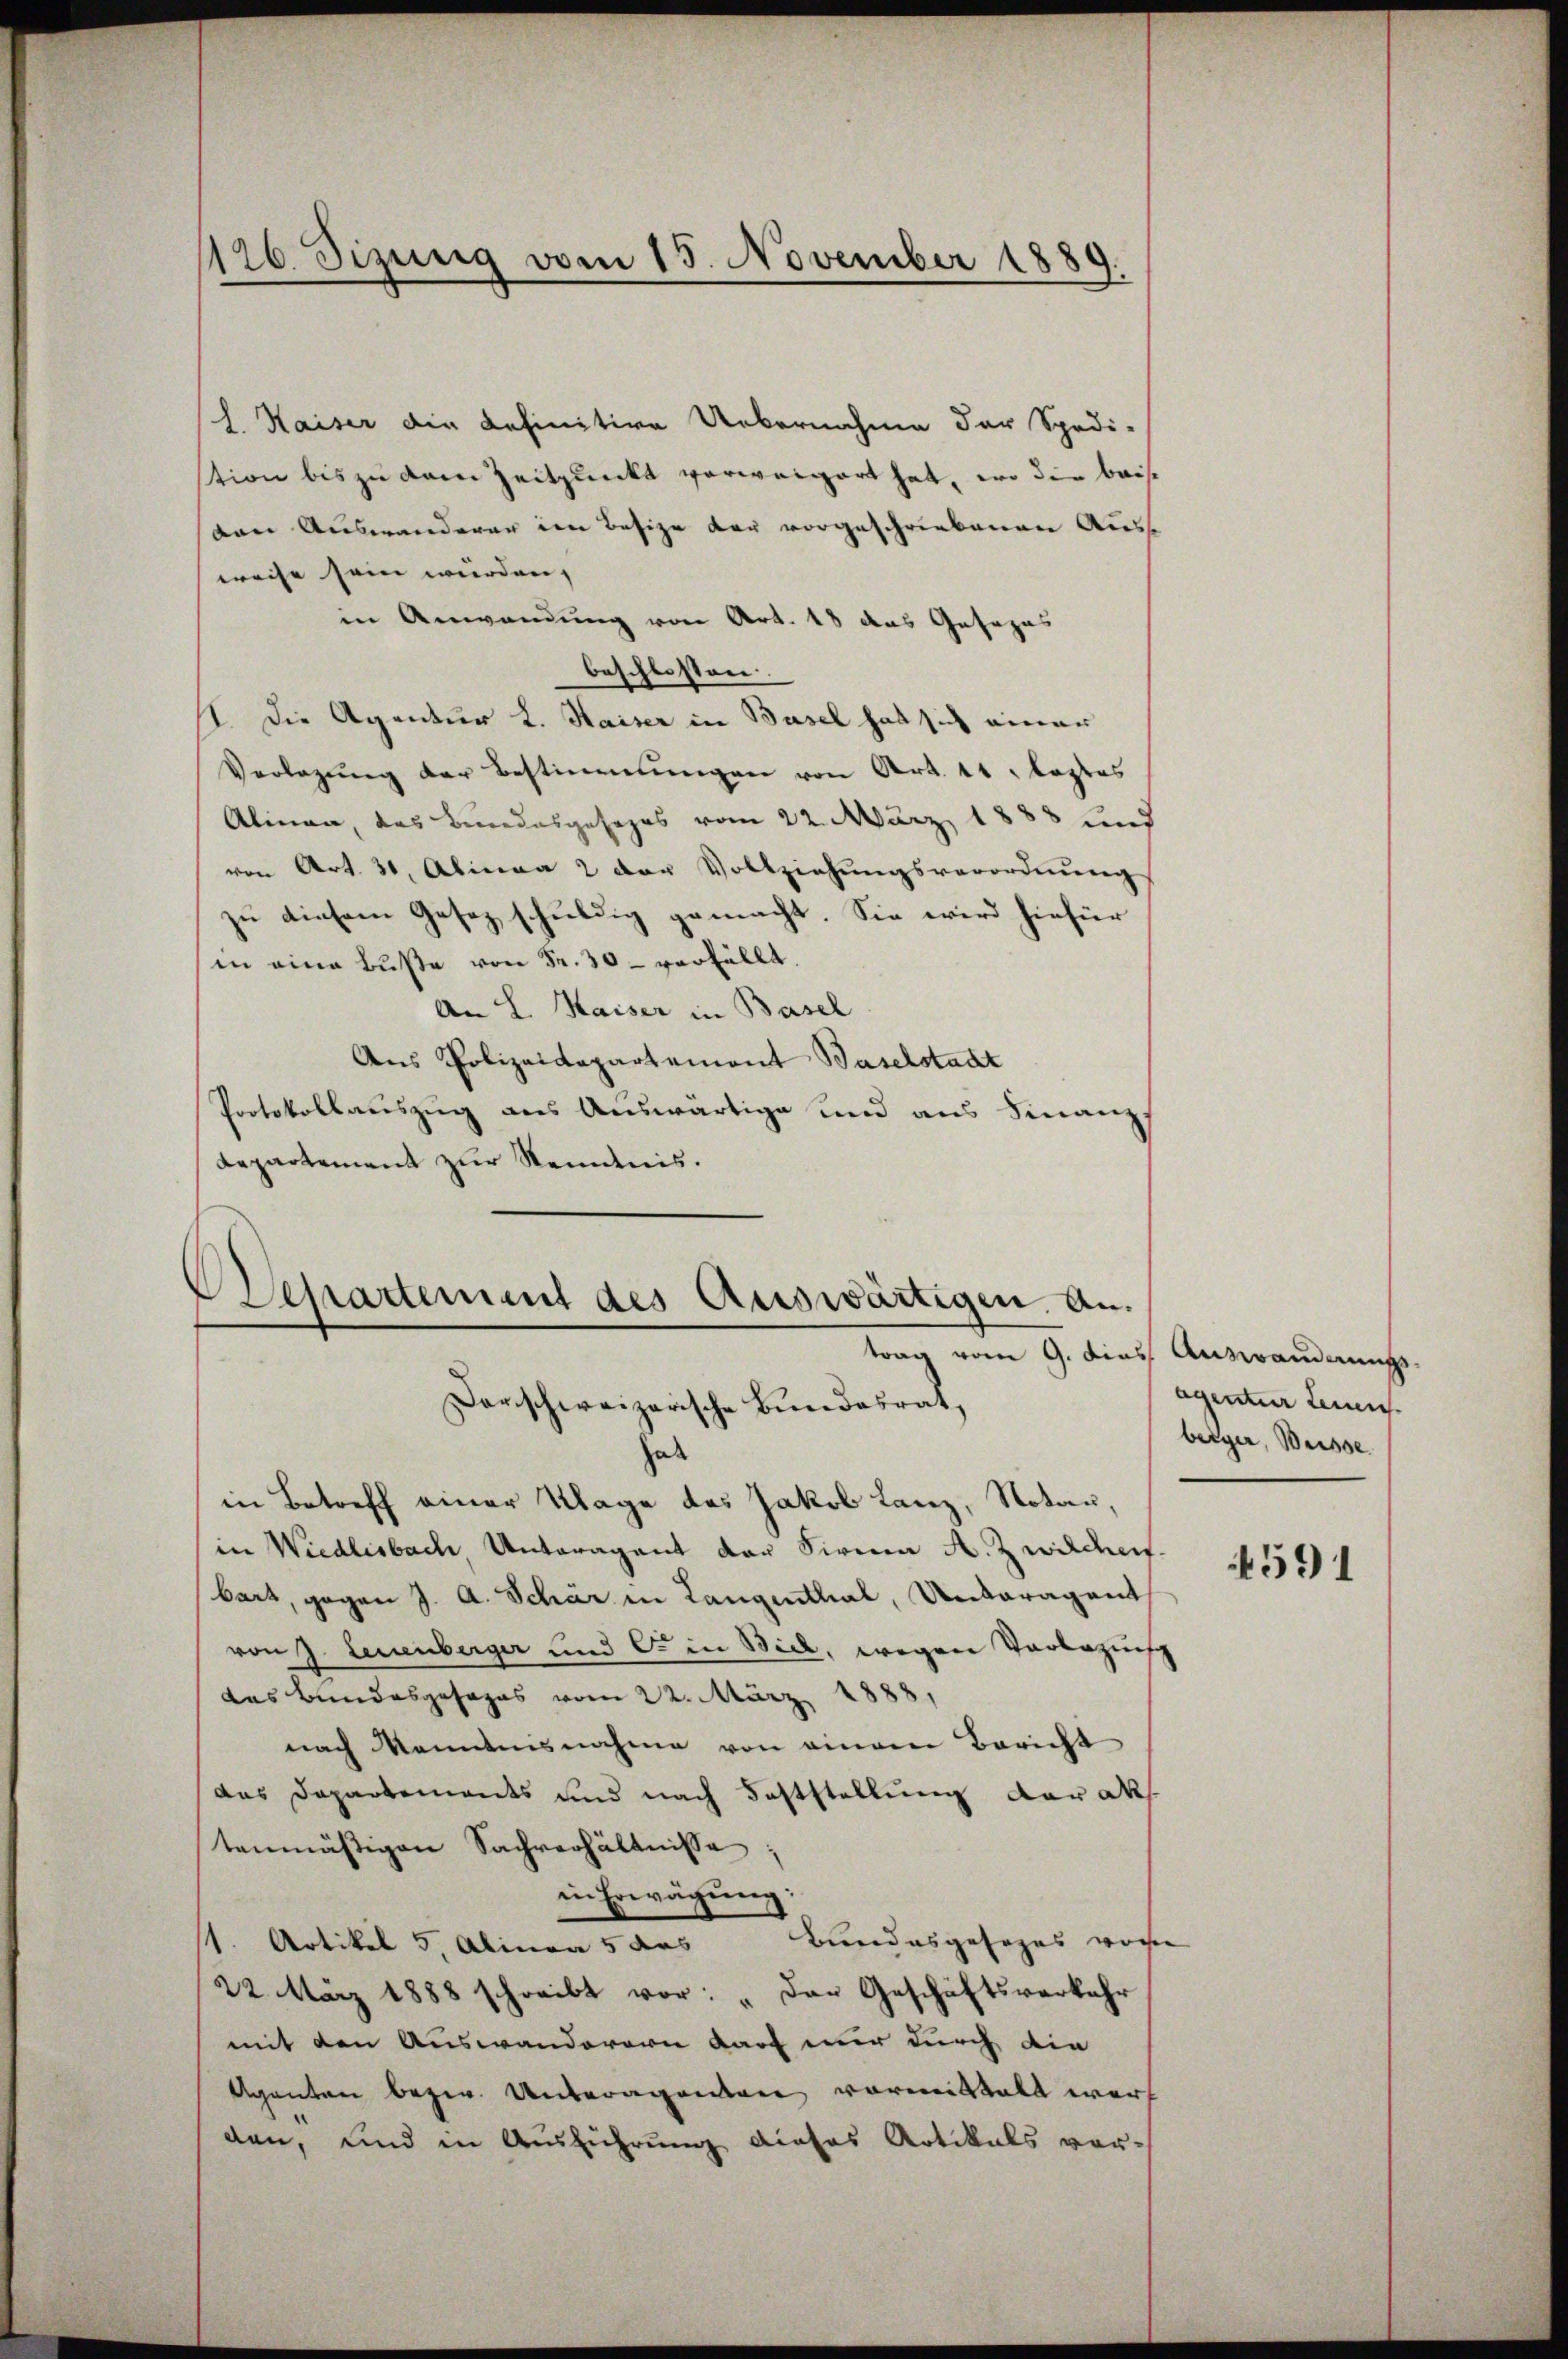
126. Sizung vom 15. November 1889

l. Kaiser die definitive Uebernahme der Spedi-
stion bis zu dem Zeitpunkt verweigert hat, wo die baise
den Auswanderer im Besize der vorgeschriebenen Ausse
weise sein würden, |
in Anwendung von Art. 18 das Gesezes
beschlossen:
st. Die Agentur L. Kaiser in Basel hat sich einer
Verlegŭng der Bestimmungen von Art. 11. lastes
Alinen, das Bundesgesezes vom 22. März 1888 und
von Art. 31, Alinea 2 der Vollziehungsverordnung
zu diesem Gesetz schuldig gemacht. Sie wird hiefür
in eine Buße von Fr. 30- verfällt.
An L. Kaiser in Basel
Ans Polizeidepartemont Baselstadt
Protokollauszug aus Auswärtige und aus Finanz
Departement zur Kenntnis.
Separtement des Auswärtigen. Antrag vom 9. dies Auswanderungs
Derschweizerische Bundesrat,
hab
in Betreff einer Klage des Jakob Lanz, Notar,
in Wiedlisbach Unteragent der Firnen A. Zwilchen.
bart, gegen J. A. Schar in Langenthal, Unteragent
von J. Leuenberger und C. in Biel, wegen Vorbozunsch
das Bundesgesages vom 22. März 1888.
nach Kenntnisnahme von einem Bericht
das Departements und nach Feststellung Karak
tenmäßigen Sachverhältnisse;
in Erwägung:
Bundesgesages vore
/1. Artikel 5, Alinea 5 das
22. März 1888 schreibt vor: „Der Geschäftsverkehr
mit den Auswanderern darf nur durch die
Agenten bezw. Unteragenden vormittelt werf
den, und in Ausführung dieses Artikals vor¬

agentur Leuen.
berger, Weisse

591